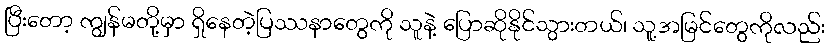
ပြီးတော့ ကျွန်မတို့မှာ ရှိနေတဲ့ပြဿနာတွေကို သူနဲ့ ပြောဆိုနိုင်သွားတယ်၊ သူ့အမြင်တွေကိုလည်း